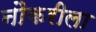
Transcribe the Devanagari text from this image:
नौकरीला